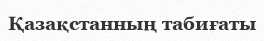
Қазақстанның табиғаты